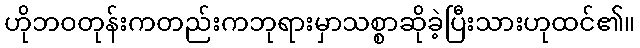
ဟိုဘဝတုန်းကတည်းကဘုရားမှာသစ္စာဆိုခဲ့ပြီးသားဟုထင်၏။